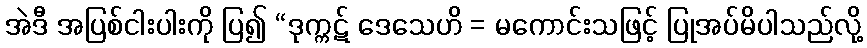
အဲဒီ အပြစ်ငါးပါးကို ပြ၍ “ဒုက္ကဋ် ဒေသေဟိ = မကောင်းသဖြင့် ပြုအပ်မိပါသည်လို့